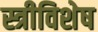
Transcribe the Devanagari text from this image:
स्त्रीविशेष